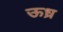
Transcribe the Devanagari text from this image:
ऊध्र